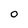
Character: 0